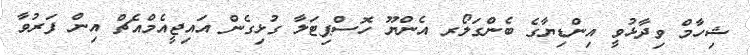
ޝިހާމް ވިދާޅުވީ އިންޑިޔާގެ ބެންގަލޯރ އެންޔޫ ހޮސްޕިޓަލާ ގުޅިގެން އައިޖީއެމްއެޗް އިން ފަރުވާ